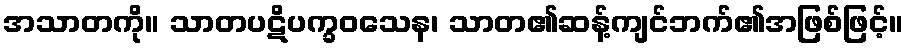
အသာတကို။ သာတပဋိပက္ခဝသေန၊ သာတ၏ဆန့်ကျင်ဘက်၏အဖြစ်ဖြင့်။